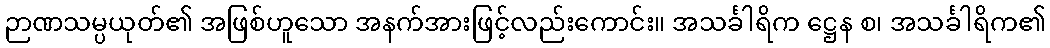
ဉာဏသမ္ပယုတ်၏ အဖြစ်ဟူသော အနက်အားဖြင့်လည်းကောင်း။ အသင်္ခါရိက ဋ္ဌေန စ၊ အသင်္ခါရိက၏